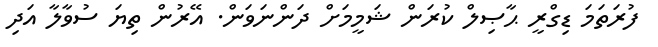
ފުރަތަމަ ޑިގްރީ ޙާޞިލް ކުރަން ޝަމީމަށް ދަންނަވަން. އޭރުން ތިޔަ ސުވާލާ އަދި